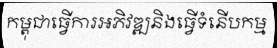
កម្ពុជាធ្វើការអភិវឌ្ឍនិងធ្វើទំនើបកម្ម